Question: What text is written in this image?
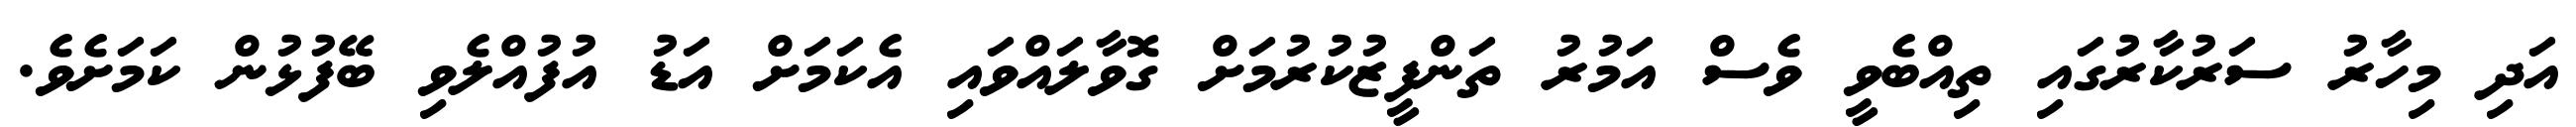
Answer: އަދި މިހާރު ސަރުކާރުގައި ތިއްބެވީ ވެސް އަމުރު ތަންފީޒުކުރުމަށް ގޮވާލައްވައި އެކަމަށް އަޑު އުފުއްލެވި ބޭފުޅުން ކަމަށެވެ.